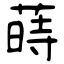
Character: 蒔